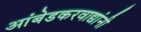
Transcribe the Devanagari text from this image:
आंबेडकरवाद्यांनी